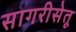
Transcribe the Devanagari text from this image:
सागरीसेतू